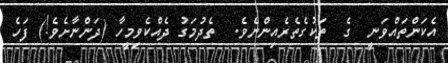
އެކަންތައްވަނީ  ގެ  ތަކުގެތެރެއިންނެވެ.  ތެދުމަގު ދެއްކެވިމީހާ (ދަންނާށެވެ!) ފަހެ